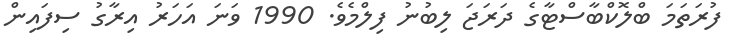
ފުރަތަމަ ބްލޮކްބާސްޓާގެ ދަރަޖަ ލިބުނު ފިލްމެވެ. 1990 ވަނަ އަހަރު އިރާގު ސިފައިން